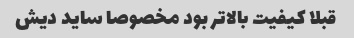
قبلا کیفیت بالاتر بود مخصوصا ساید دیش